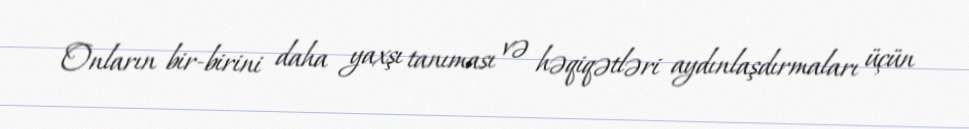
Onların bir-birini daha yaxşı tanıması və həqiqətləri aydınlaşdırmaları üçün